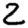
Digit: 2